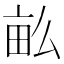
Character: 𤱔